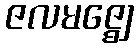
ဇလမဇ္ဈေ